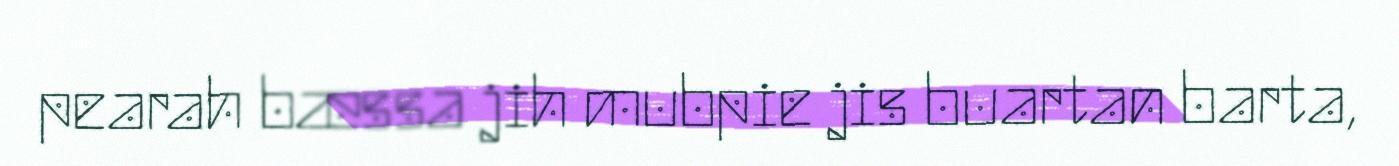
pearah bæssa jih mubpie jis buartan barta,